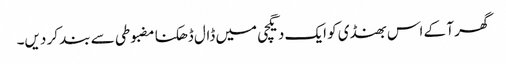
گھر آ کے اس بھنڈی کو ایک دیگچی میں ڈال ڈھکنا مضبوطی سے بند کر دیں۔